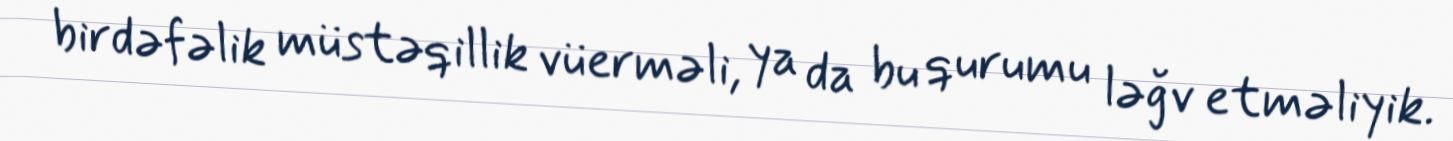
birdəfəlik müstəqillik vüerməli, ya da bu qurumu ləğv etməliyik.